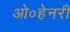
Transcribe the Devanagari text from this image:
ओ०हेनरी